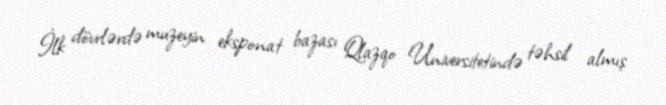
İlk dövrlərdə muzeyin eksponat bazası Qlazqo Universitetində təhsil almış